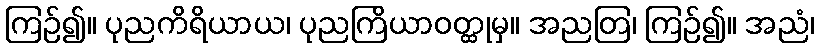
ကြဉ်၍။ ပုညကိရိယာယ၊ ပုညကြိယာဝတ္ထုမှ။ အညတြ၊ ကြဉ်၍။ အညံ၊